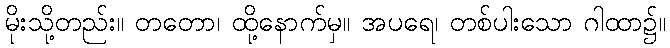
မိုးသို့တည်း။ တတော၊ ထို့နောက်မှ။ အပရေ၊ တစ်ပါးသော ဂါထာ၌။